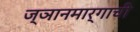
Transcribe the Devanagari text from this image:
ज्ञानमार्गाची